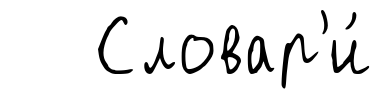
Словар'и́